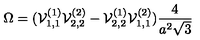
\Omega = ( { \cal V } _ { 1 , 1 } ^ { ( 1 ) } { \cal V } _ { 2 , 2 } ^ { ( 2 ) } - { \cal V } _ { 2 , 2 } ^ { ( 1 ) } { \cal V } _ { 1 , 1 } ^ { ( 2 ) } ) \frac { 4 } { a ^ { 2 } \sqrt { 3 } }